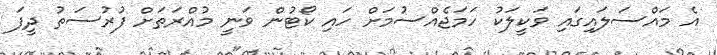
އެ މައްސަލައިގައި ވަކީލަކު ހަމަޖެއްސުމަށް ހައި ކޯޓުން ވަނީ މުއްރަތަށް ފުރުސަތު ދީފަ